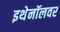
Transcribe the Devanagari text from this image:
इथेनॉलवर